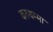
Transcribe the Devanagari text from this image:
करुथम्मा